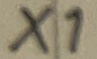
Text: X1